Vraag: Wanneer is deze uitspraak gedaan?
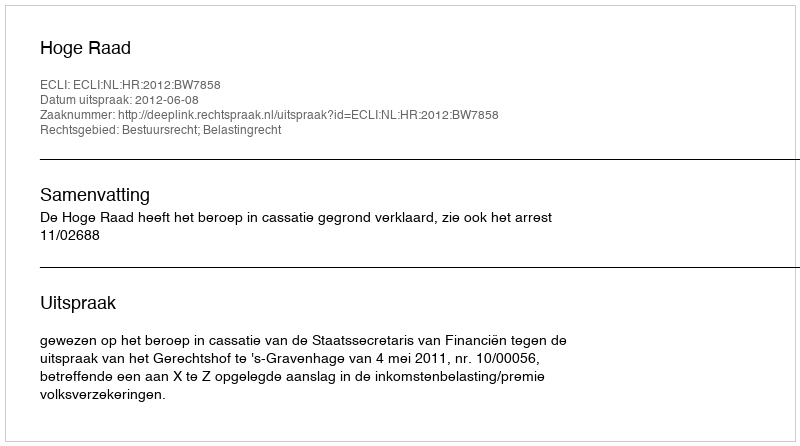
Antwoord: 2012-06-08